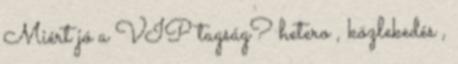
Miért jó a VIP tagság? hetero , közlekedés ,